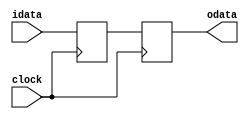
module buffer(
	input clock,
	input idata,
	output reg odata
);

	reg [99:0] data;

	always@(posedge clock) begin 
		data <= idata;
		odata <= data;
	end
endmodule